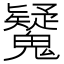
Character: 𩴷